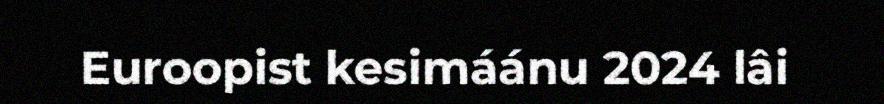
Euroopist kesimáánu 2024 lâi